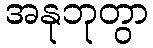
အနုဘုတွာ